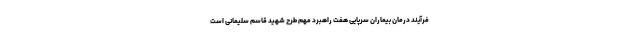
فرآیند درمان بیماران سرپایی هفت راهبرد مهم طرح شهید قاسم سلیمانی است